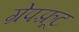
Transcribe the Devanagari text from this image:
ग्रेपफ़्रूट